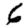
Digit: 6